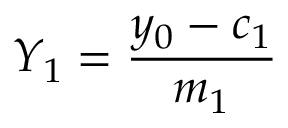
Y _ { 1 } = \frac { y _ { 0 } - c _ { 1 } } { m _ { 1 } }